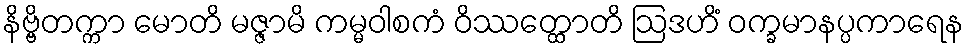
နိဗ္ဗိတက္ကာ မောတိ မဇ္ဇာမိ ကမ္မဝါစကံ ဝိဿတ္ထောတိ ဩဒဟိံ ဝက္ခမာနပ္ပကာရေန